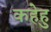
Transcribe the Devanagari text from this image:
कहेहु